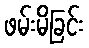
ဖမ်းမိခြင်း